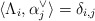
\begin{align*} \langle \Lambda_i , \alpha^\vee_j \rangle = \delta_{i,j} \end{align*}